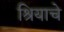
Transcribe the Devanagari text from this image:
श्रियाचे